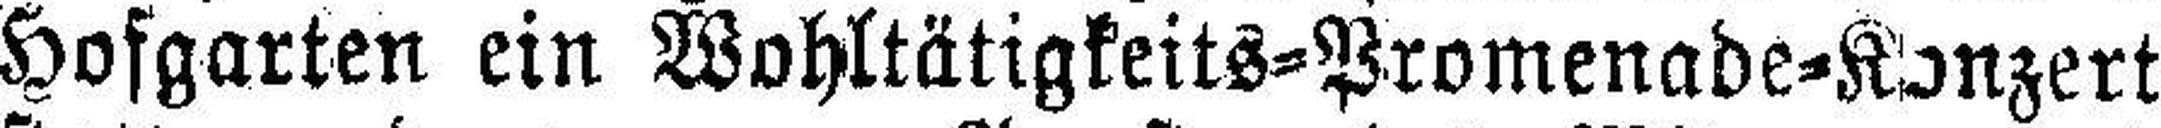
Hofgarten ein Wohltätigkeits=Promenade=Konzert